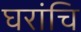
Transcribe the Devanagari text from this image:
घरांचि